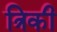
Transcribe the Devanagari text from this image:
त्रिकी